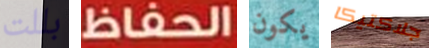
بللت الحفاظ يكون جلاكتيكا